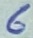
Text: 6